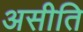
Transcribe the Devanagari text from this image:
असीति